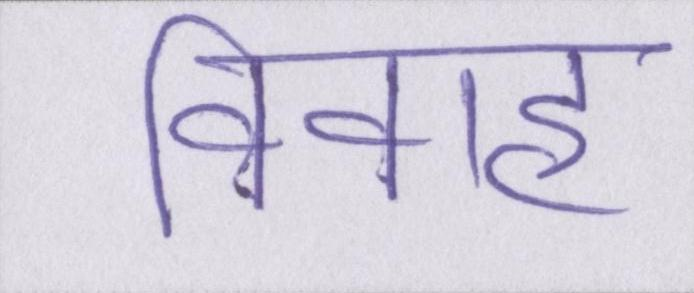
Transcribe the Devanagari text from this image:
विवाह